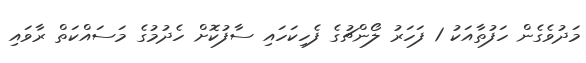
މަދުވެގެން ހަފުތާއަކު 1 ފަހަރު ލޯންޗުގެ ފެހިކަހައި ސާފުކޮށް ހެދުމުގެ މަސައްކަތް ރާވައި